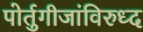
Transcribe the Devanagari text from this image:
पोर्तुगीजांविरुध्द